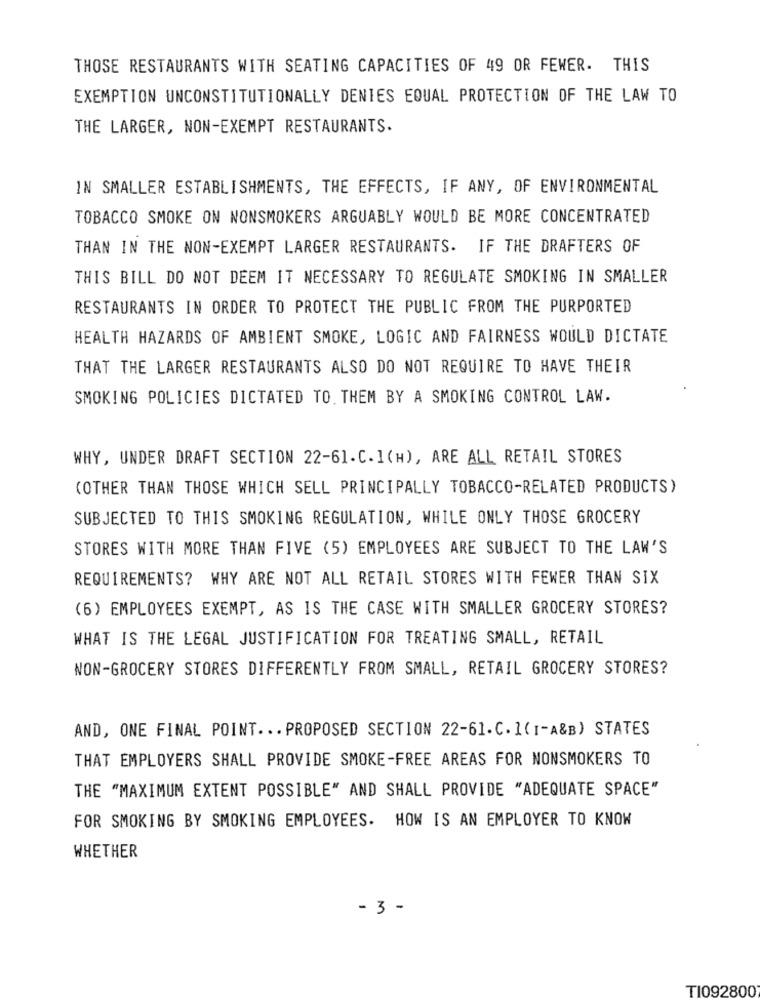
THOSE RESTAURANTS WITH SEATING CAPACITIES OF 49 OR FEWER. THIS
EXEMPTION UNCONSTITUTIONALLY DENIES EQUAL PROTECTION OF THE LAW TO
THE LARGER, NON-EXEMPT RESTAURANTS.
IN SMALLER ESTABLISHMENTS, THE EFFECTS, IF ANY, OF ENVIRONMENTAL
TOBACCO SMOKE ON NONSMOKERS ARGUABLY WOULD BE MORE CONCENTRATED
THAN IN THE NON-EXEMPT LARGER RESTAURANTS. IF THE DRAFTERS OF
THIS BILL DO NOT DEEM IT NECESSARY TO REGULATE SMOKING IN SMALLER
RESTAURANTS IN ORDER TO PROTECT THE PUBLIC FROM THE PURPORTED
HEALTH HAZARDS OF AMBIENT SMOKE, LOGIC AND FAIRNESS WOULD DICTATE
THAT THE LARGER RESTAURANTS ALSO DO NOT REQUIRE TO HAVE THEIR
SMOKING POLICIES DICTATED TO. THEM BY A SMOKING CONTROL LAW.
WHY, UNDER DRAFT SECTION 22-61.C.1(H), ARE ALL RETAIL STORES
(OTHER THAN THOSE WHICH SELL PRINCIPALLY TOBACCO-RELATED PRODUCTS)
SUBJECTED TO THIS SMOKING REGULATION, WHILE ONLY THOSE GROCERY
STORES WITH MORE THAN FIVE (5) EMPLOYEES ARE SUBJECT TO THE LAW'S
REQUIREMENTS? WHY ARE NOT ALL RETAIL STORES WITH FEWER THAN SIX
(6) EMPLOYEES EXEMPT, AS IS THE CASE WITH SMALLER GROCERY STORES?
WHAT IS THE LEGAL JUSTIFICATION FOR TREATING SMALL, RETAIL
NON-GROCERY STORES DIFFERENTLY FROM SMALL, RETAIL GROCERY STORES?
AND, ONE FINAL POINT ... PROPOSED SECTION 22-61.C. 1(I-A&B) STATES
THAT EMPLOYERS SHALL PROVIDE SMOKE-FREE AREAS FOR NONSMOKERS TO
THE "MAXIMUM EXTENT POSSIBLE" AND SHALL PROVIDE "ADEQUATE SPACE"
FOR SMOKING BY SMOKING EMPLOYEES. HOW IS AN EMPLOYER TO KNOW
WHETHER
- 3 -
T1092800